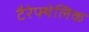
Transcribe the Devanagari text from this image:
टैरेफ्थेलिक